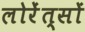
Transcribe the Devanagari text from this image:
लोरेंत्सों